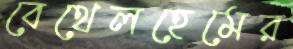
বেথেলহেমের